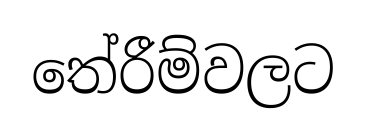
තේරීම්වලට